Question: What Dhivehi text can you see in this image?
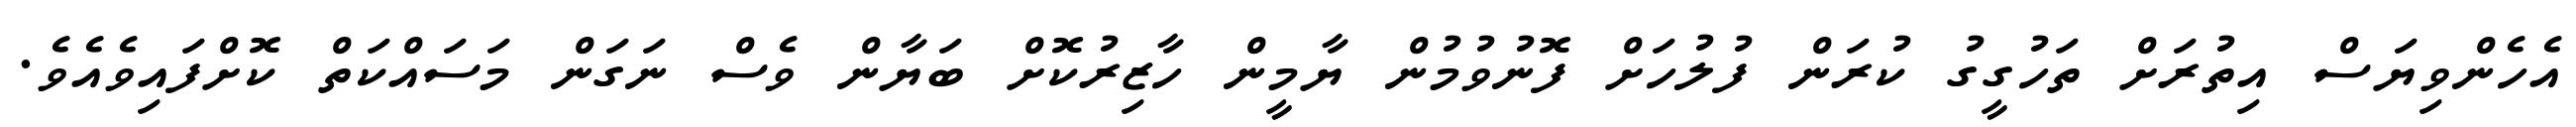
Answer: އެހެންވިޔަސް އިތުރަށް ތަހުގީގު ކުރަން ފުލުހަށް ފޮނުވުމުން ޔާމީން ހާޒިރުކޮށް ބަޔާން ވެސް ނަގަން މަސައްކަތް ކޮށްފައިވެއެވެ.